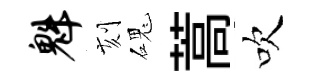
魁刻磈蒿吹